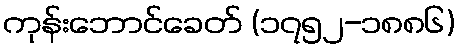
ကုန်းဘောင်ခေတ် (၁၇၅၂-၁၈၈၆)